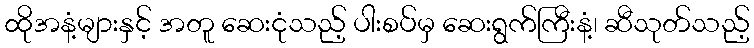
ထိုအနံ့များနှင့် အတူ ဆေးငုံသည့် ပါးစပ်မှ ဆေးရွက်ကြီးနံ့၊ ဆီသုတ်သည့်